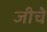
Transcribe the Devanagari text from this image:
जीचे